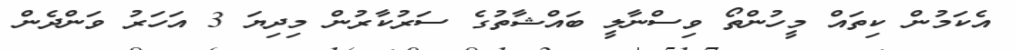
އެކަމުން ކިތައް މީހުންތޯ ވިސްނާލީ ބައްޝާތުގެ ސަރުކާރުން މިދިޔަ 3 އަހަރު ވަންދެން